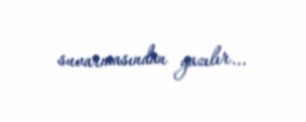
suvarmasından yazılır...